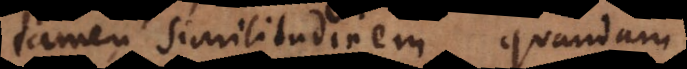
tamen similitudinem quandam